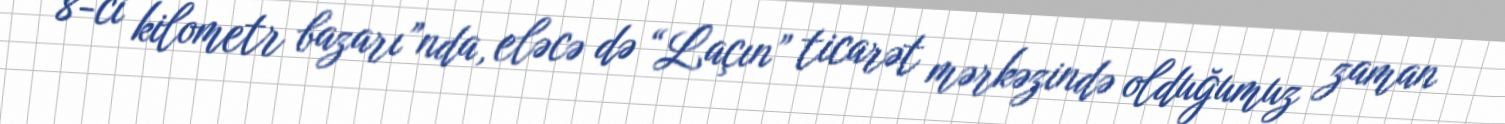
“8-ci kilometr bazarı”nda, eləcə də “Laçın” ticarət mərkəzində olduğumuz zaman